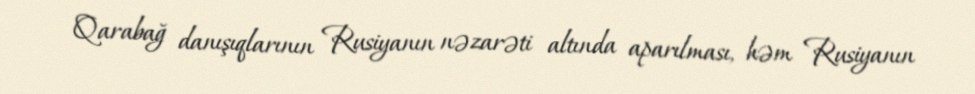
Qarabağ danışıqlarının Rusiyanın nəzarəti altında aparılması, həm Rusiyanın